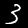
Label: 3